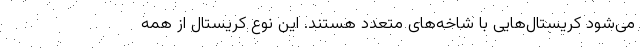
می‌شود کریستال‌هایی با شاخه‌های متعدد هستند. این نوع کریستال از همه